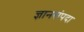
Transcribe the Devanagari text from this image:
ज्ञानसंपदा